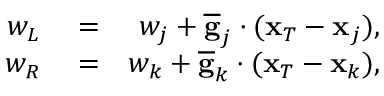
\begin{array} { r l r } { w _ { L } } & { { } = } & { w _ { j } + \overline { { \bf g } } _ { j } \cdot ( { \bf x } _ { T } - { \bf x } _ { j } ) , } \\ { w _ { R } } & { { } = } & { w _ { k } + \overline { { \bf g } } _ { k } \cdot ( { \bf x } _ { T } - { \bf x } _ { k } ) , } \end{array}